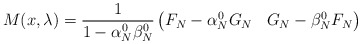
\begin{align*}M(x,\lambda)= \frac{1}{1-\alpha_N^0\beta_N^0}\begin{pmatrix}F_N-\alpha_N^0G_N & G_N-\beta_N^0F_N \end{pmatrix}\end{align*}